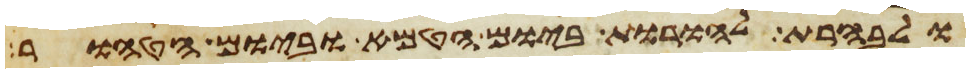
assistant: ולבהרת להורות ביום הטמא וביום הטהור